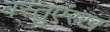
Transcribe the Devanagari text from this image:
वस्तुएंरख